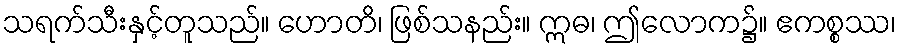
သရက်သီးနှင့်တူသည်။ ဟောတိ၊ ဖြစ်သနည်း။ ဣဓ၊ ဤလောက၌။ ဧကစ္စဿ၊